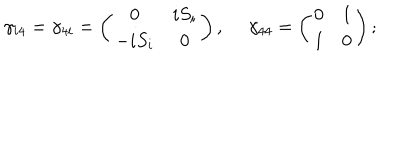
\gamma _ { i 4 } = \gamma _ { 4 i } = \left( \begin{matrix} { { 0 } } & { { i S _ { i } } } \\ { { - i S _ { i } } } & { { 0 } } \\ \end{matrix} \right) , \ \gamma _ { 4 4 } = \left( \begin{matrix} { { 0 } } & { { 1 } } \\ { { 1 } } & { { 0 } } \\ \end{matrix} \right) ;